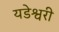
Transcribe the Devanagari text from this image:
यडेश्वरी